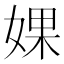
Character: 婐